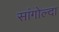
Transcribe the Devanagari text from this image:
सांगोल्दा